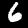
Label: 6